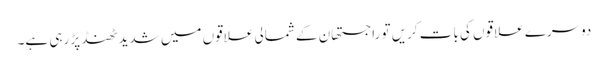
دوسرے علاقوں کی بات کریں تو راجستھان کے شمالی علاقوں میں شدید ٹھنڈ پڑ رہی ہے۔